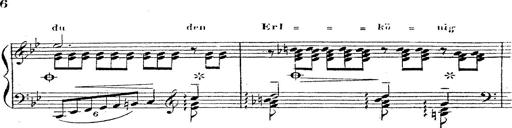
Title: 12 Lieder von Franz Schubert
Composer: Franz Liszt